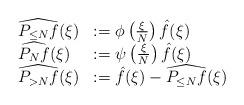
LaTeX: \begin{align*}\begin{array}{ll}\widehat{P_{\leq N} f}(\xi) & := \phi \left( \frac{\xi}{N} \right) \hat{f}(\xi) \\\widehat{P_{N} f}(\xi) & := \psi \left( \frac{\xi}{N} \right) \hat{f}(\xi) \\\widehat{P_{>N} f} (\xi) & := \hat{f}(\xi) - \widehat{P_{\leq N} f}(\xi)\end{array}\end{align*}